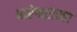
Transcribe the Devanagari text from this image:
पारेश्वराच्या